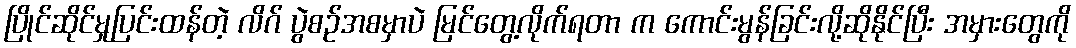
ပြိုင်ဆိုင်မှုပြင်းထန်တဲ့ လိဂ် ပွဲစဉ်အစမှာပဲ မြင်တွေ့လိုက်ရတာ က ကောင်းမွန်ခြင်းလို့ဆိုနိုင်ပြီး အမှားတွေကို